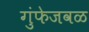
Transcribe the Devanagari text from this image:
गुंफेजवळ